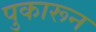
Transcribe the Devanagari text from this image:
पुकारून